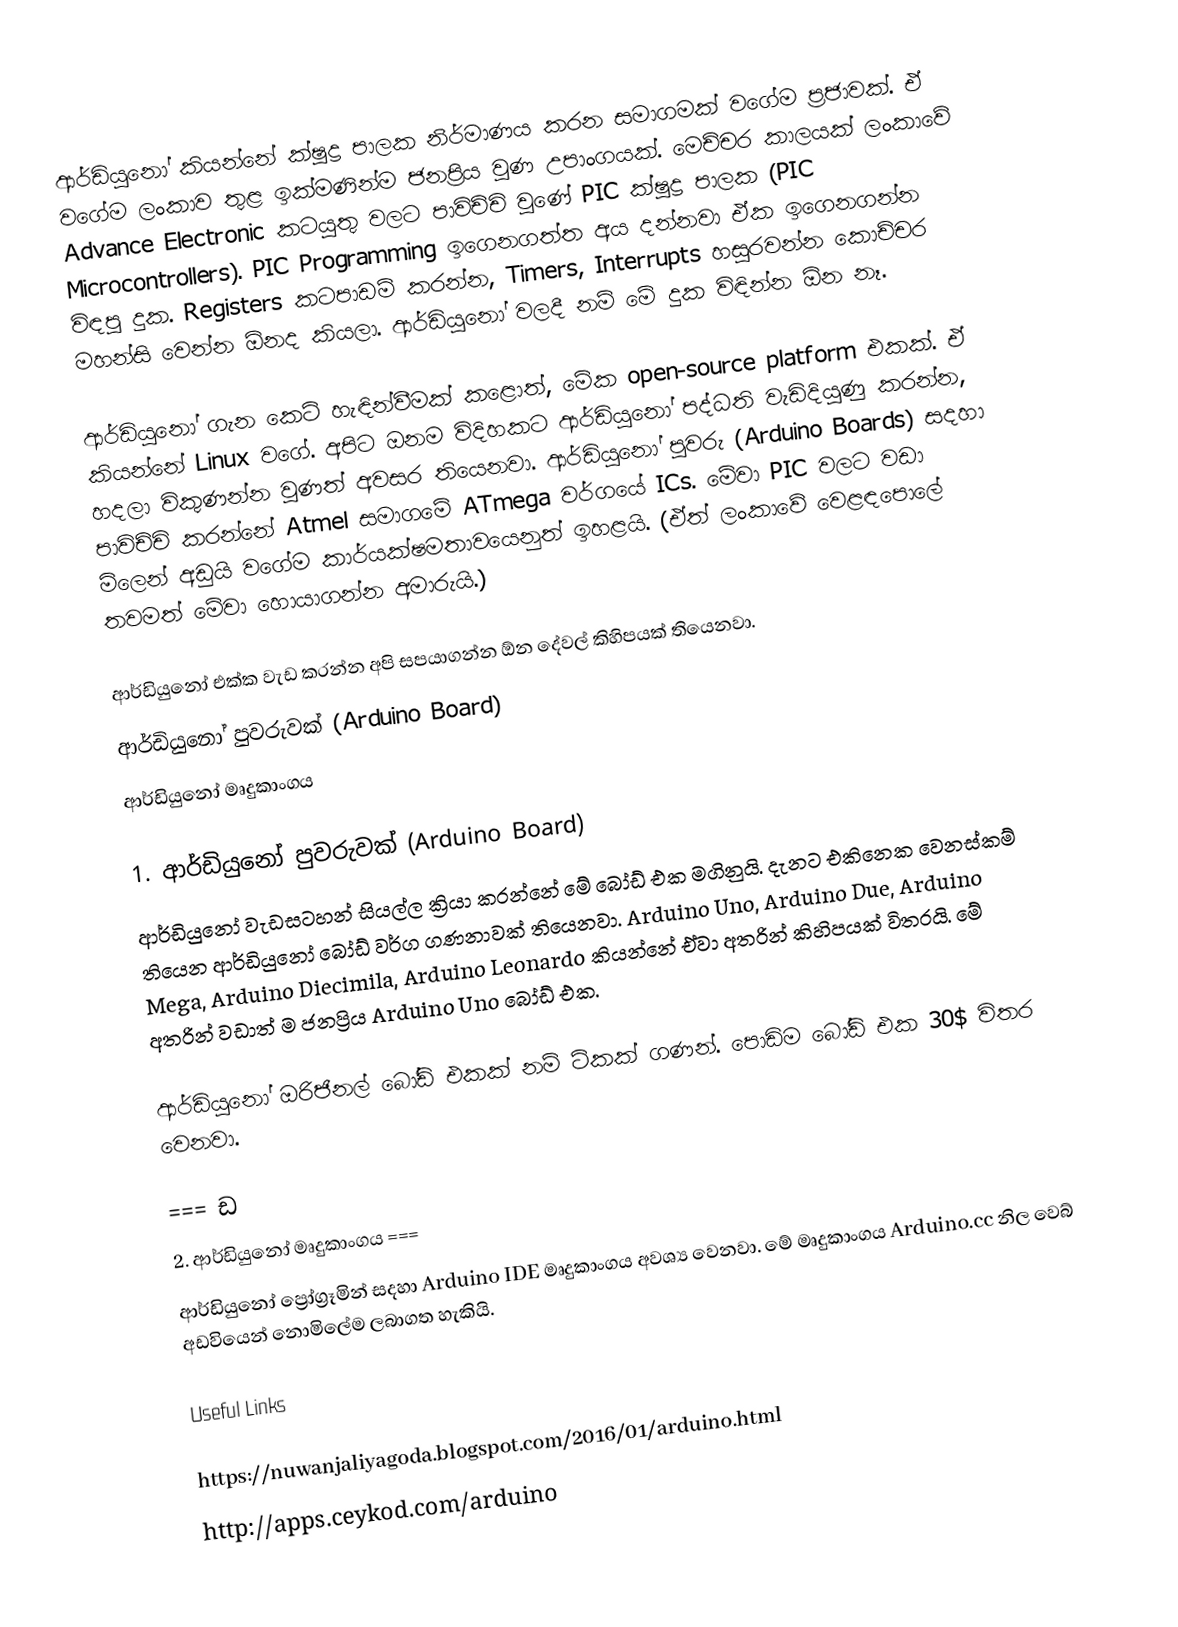
ආර්ඩියුනෝ කියන්නේ ක්ෂුද්‍ර පාලක නිර්මාණය කරන සමාගමක් වගේම ප්‍රජාවක්. ඒ වගේම ලංකාව තුළ ඉක්මණින්ම ජනප්‍රිය වුණ උපාංගයක්. මෙච්චර කාලයක් ලංකාවේ Advance Electronic කටයුතු වලට පාවිච්චි වුණේ PIC ක්ෂුද්‍ර පාලක (PIC Microcontrollers). PIC Programming ඉගෙනගත්ත අය දන්නවා ඒක ඉගෙනගන්න විඳපු දුක. Registers කටපාඩම් කරන්න, Timers, Interrupts හසුරවන්න කොච්චර මහන්සි වෙන්න ඕනද කියලා. ආර්ඩියුනෝ වලදී නම් මේ දුක විඳින්න ඕන නෑ.

ආර්ඩියුනෝ ගැන කෙටි හැඳින්වීමක් කළොත්, මේක open-source platform එකක්. ඒ කියන්නේ  Linux වගේ. අපිට ඔනම විදිහකට ආර්ඩියුනෝ පද්ධති වැඩිදියුණු කරන්න, හදලා විකුණන්න වුණත් අවසර තියෙනවා. ආර්ඩියුනෝ පුවරු (Arduino Boards) සදහා පාවිච්චි කරන්නේ Atmel සමාගමේ ATmega වර්ගයේ ICs. මේවා PIC වලට වඩා මිලෙන් අඩුයි වගේම කාර්යක්ෂමතාවයෙනුත් ඉහළයි. (ඒත් ලංකාවේ වෙළඳපොලේ තවමත් මේවා හොයාගන්න අමාරුයි.)

ආර්ඩියුනෝ එක්ක වැඩ කරන්න අපි සපයාගන්න ඕන දේවල් කිහිපයක් තියෙනවා.
 ආර්ඩියුනෝ පුවරුවක් (Arduino Board)
 ආර්ඩියුනෝ මෘදුකාංගය

1. ආර්ඩියුනෝ පුවරුවක් (Arduino Board)
ආර්ඩියුනෝ වැඩසටහන් සියල්ල ක්‍රියා කරන්නේ මේ බෝඩ් එක මගිනුයි. දැනට එකිනෙක වෙනස්කම් තියෙන ආර්ඩියුනෝ බෝඩ් වර්ග ගණනාවක් තියෙනවා. Arduino Uno, Arduino Due, Arduino Mega, Arduino Diecimila, Arduino Leonardo කියන්නේ ඒවා අතරින් කිහිපයක් විතරයි. මේ අතරින් වඩාත් ම ජනප්‍රිය Arduino Uno බෝඩ් එක.

ආර්ඩියුනෝ ඔරිජිනල් බෝඩ් එකක් නම් ටිකක් ගණන්. පොඩිම බෝඩ් එක 30$ විතර වෙනවා.

=== ඩ
2. ආර්ඩියුනෝ මෘදුකාංගය  ===
ආර්ඩියුනෝ ප්‍රෝග්‍රෑමින් සදහා Arduino IDE මෘදුකාංගය අවශ්‍ය වෙනවා. මේ මෘදුකාංගය Arduino.cc නිල වෙබ් අඩවියෙන් නොමිලේම ලබාගත හැකියි.

Useful Links

 https://nuwanjaliyagoda.blogspot.com/2016/01/arduino.html
 http://apps.ceykod.com/arduino